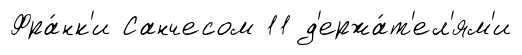
Фра́нк'и Санчесом 11 д'ержа́т'ел'ям'и